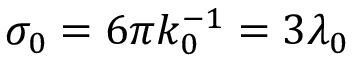
\sigma _ { 0 } = 6 \pi k _ { 0 } ^ { - 1 } = 3 \lambda _ { 0 }